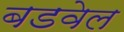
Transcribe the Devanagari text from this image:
बडवेल